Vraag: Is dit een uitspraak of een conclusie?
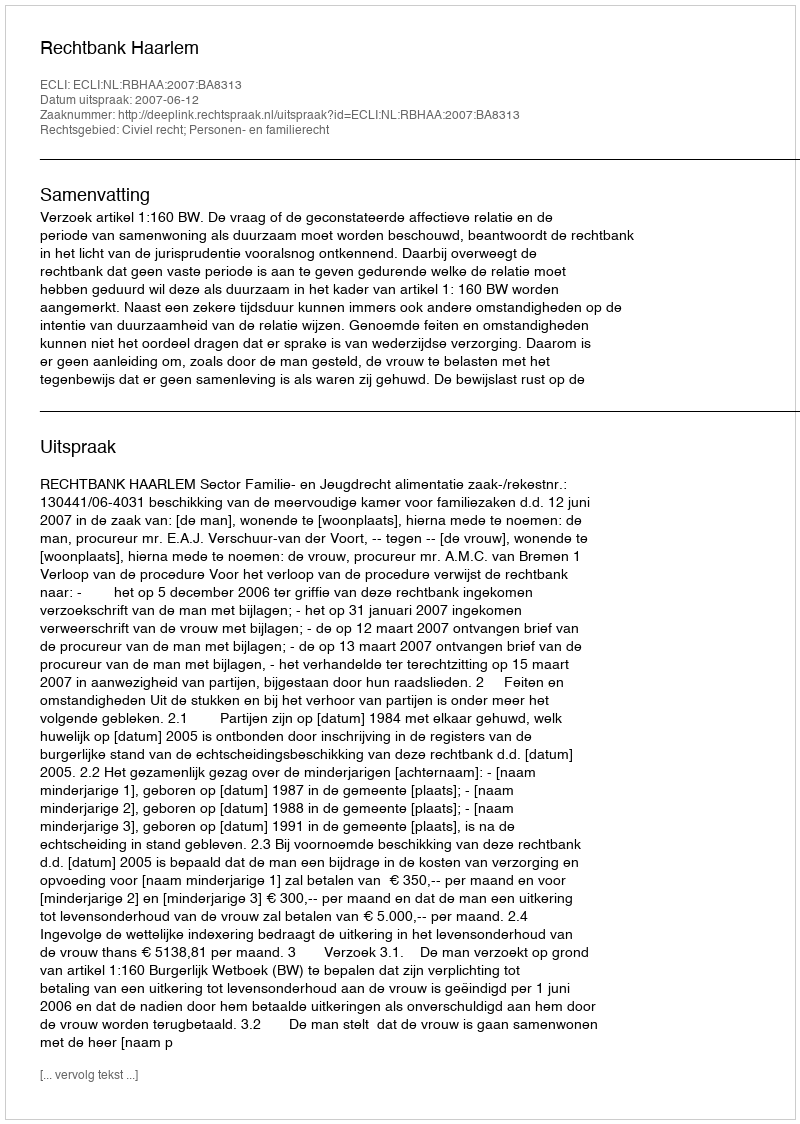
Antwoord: Uitspraak